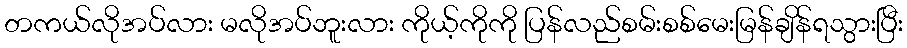
တကယ်လိုအပ်လား မလိုအပ်ဘူးလား ကိုယ့်ကိုကို ပြန်လည်စမ်းစစ်မေးမြန်ချိန်ရသွားပြီး